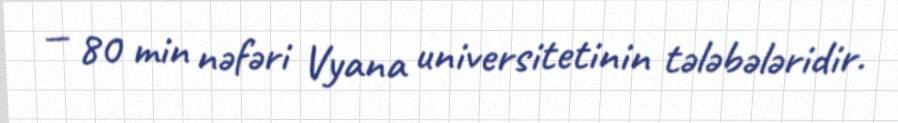
— 80 min nəfəri Vyana universitetinin tələbələridir.